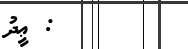
: ޢީދު